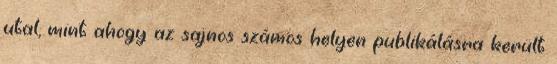
utal, mint ahogy az sajnos számos helyen publikálásra került